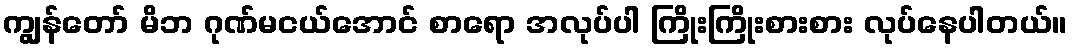
ကျွန်တော် မိဘ ဂုဏ်မငယ်အောင် စာရော အလုပ်ပါ ကြိုးကြိုးစားစား လုပ်နေပါတယ်။